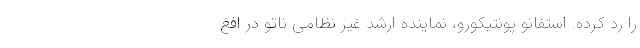
را رد کرده. استفانو پونتیکورو، نماینده ارشد غیر نظامی ناتو در افغ